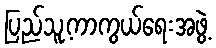
ပြည်သူ့ကာကွယ်ရေးအဖွဲ့